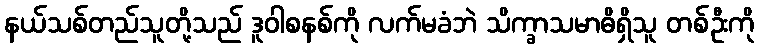
နယ်သစ်တည်သူတို့သည် ဒူဝါစနစ်ကို လက်မခံဘဲ သိက္ခာသမာဓိရှိသူ တစ်ဦးကို